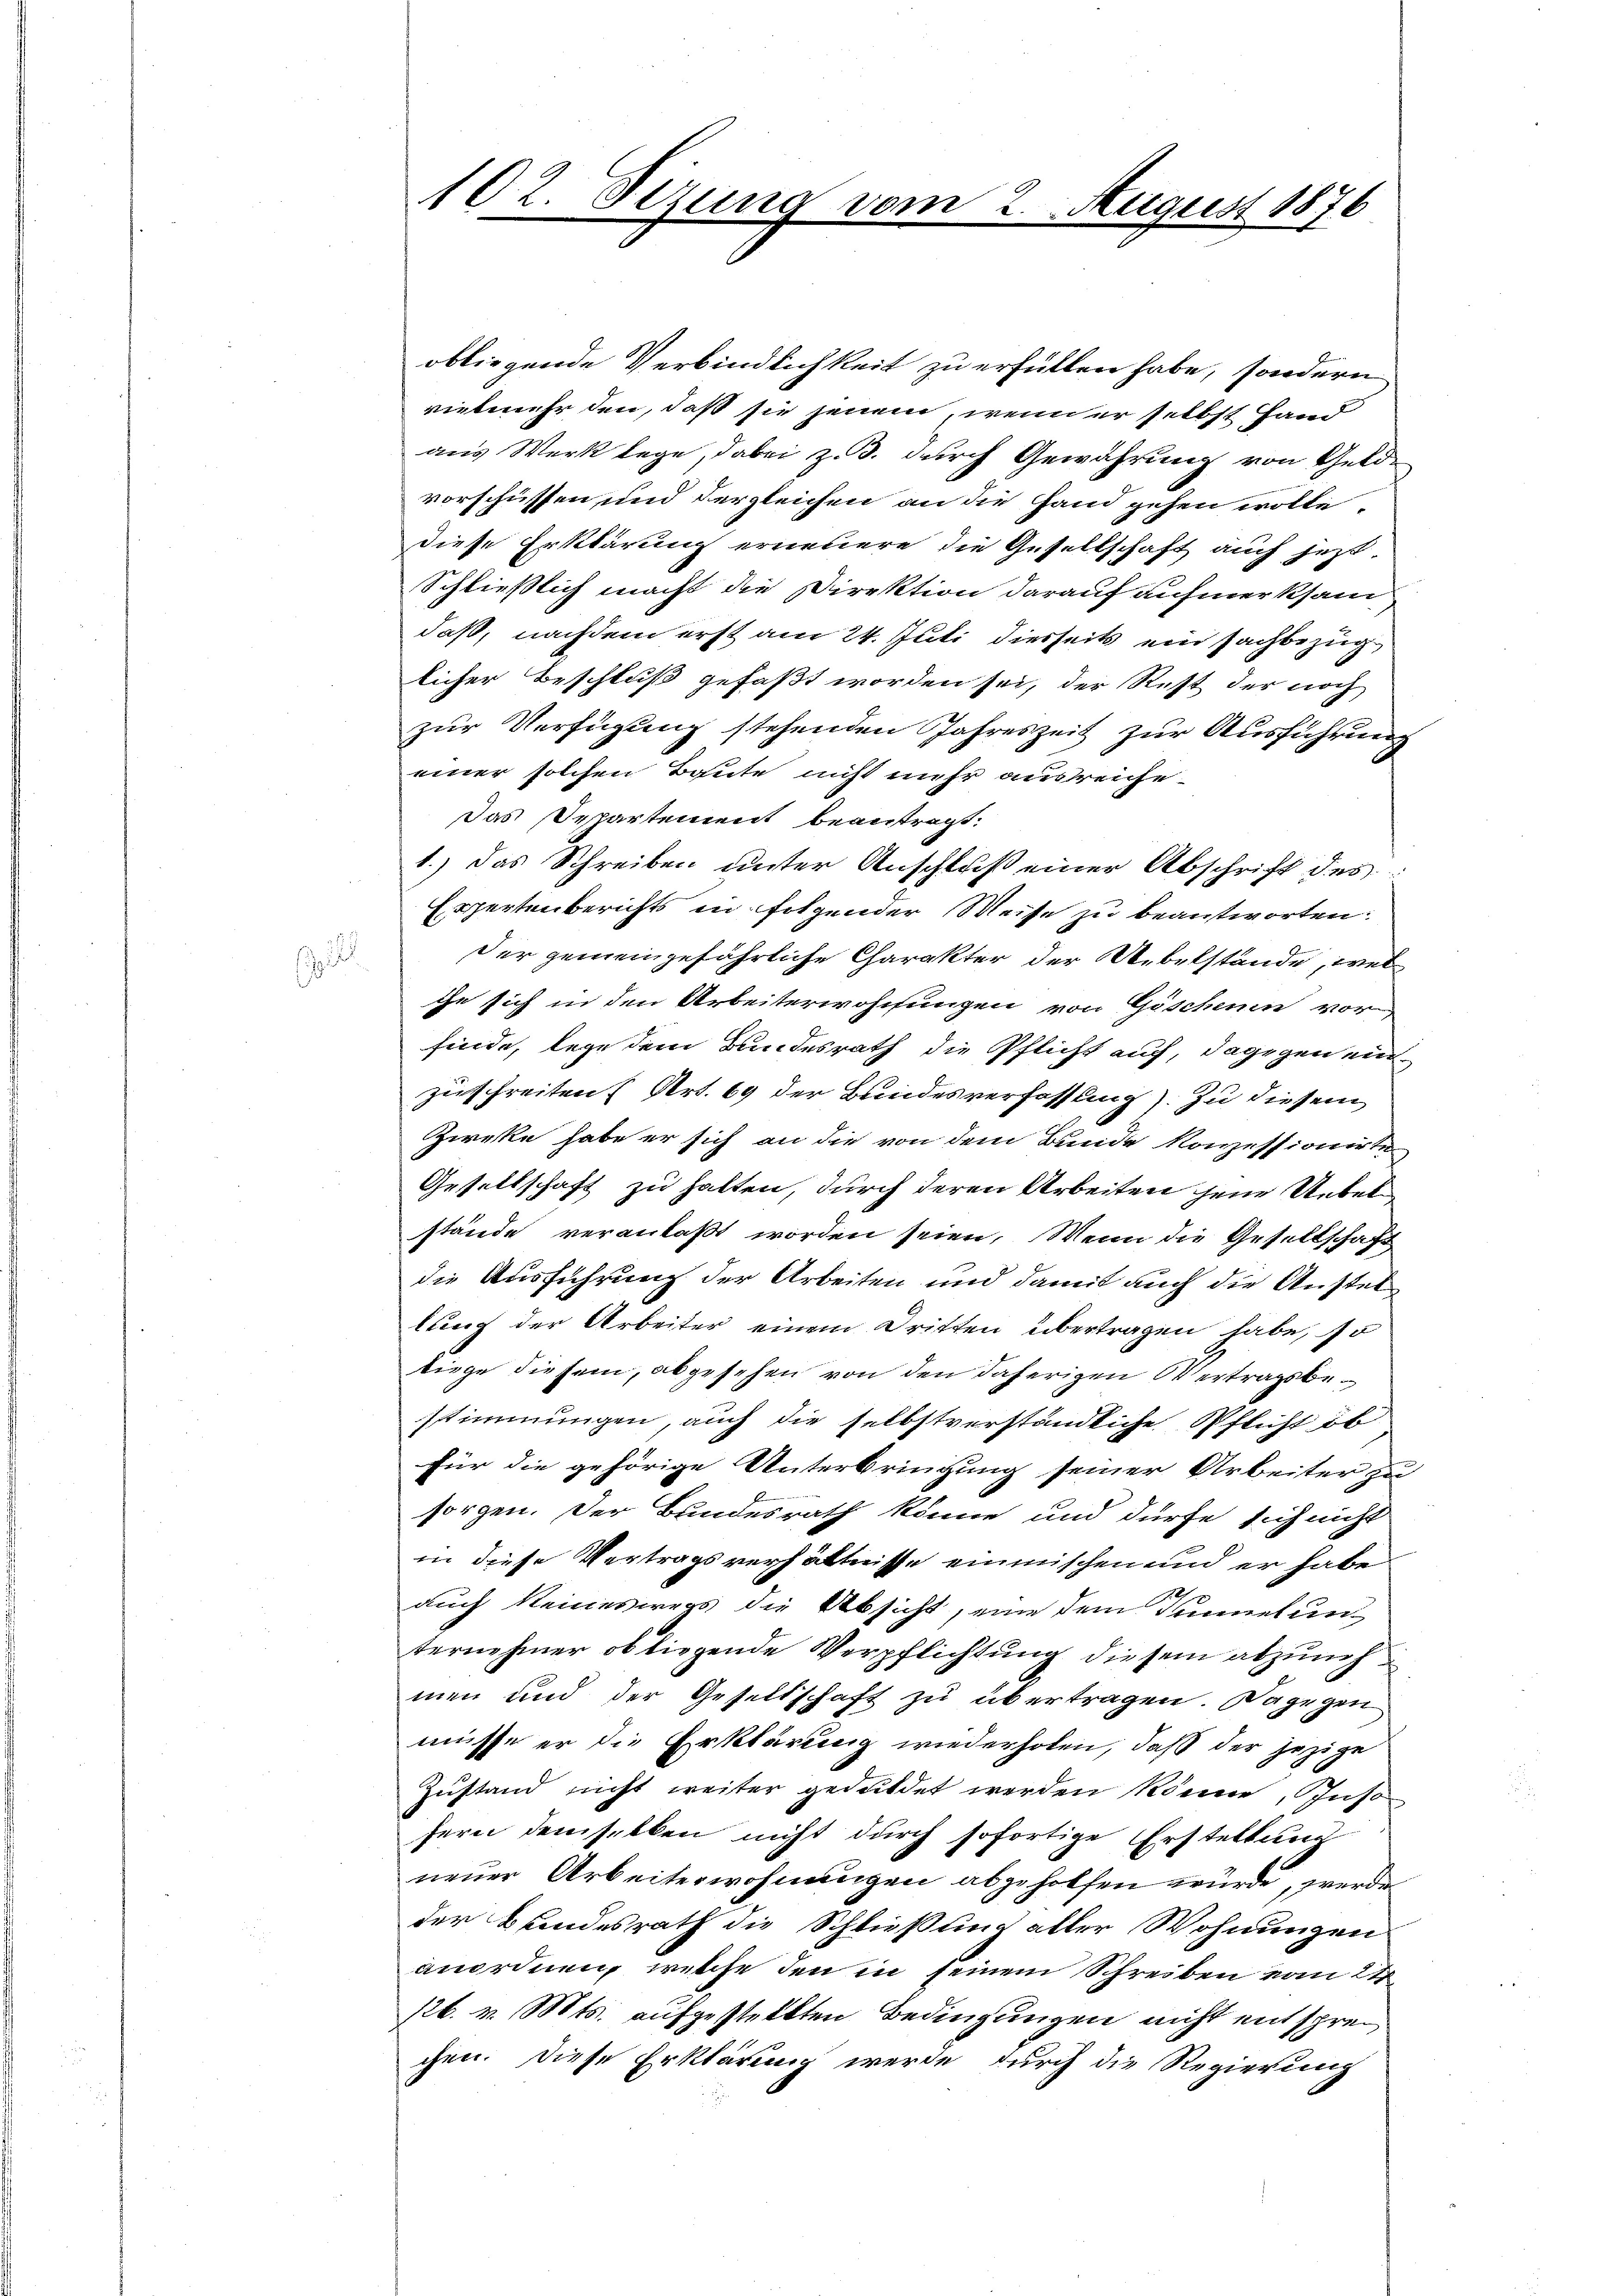
75

102. Sizung vom 2.

August 1876

obliegende Verbindlichkeit zu erfüllen habe, sondern
vielmehr den, daß sie jenem, wenn er selbst Hand
aus Werk lege, dabei z. B. durch Gewährung von Geld-
vorschüssen und dergleichen an die Hand gehen wolle,
diese Erklärung erneuere die Gesellschaft auch jezt
Schließlich macht die Direktion darauf aufmerksam
daß, nachdem erst am 24. Juli diesseits ein Fachbezug
licher Beschluß gefaßt worden sei, der Rest der noch
zur Verfügung stehenden Jahreszeit zur Ausführung
einer solchen Baute nicht mehr ausreiche
Das Departement beantragt.
1.) Das Schreiben unter Anschluß einer Abschrift des
Expertenberichts in folgender Weise zu beantworten:
Der gemeingefährliche Charakter der Uebelstände, wel
che sich in den Arbeiterwohnungen von Göschenen vor
finde, lege dem Bundesrath die Pflicht auf, dagegen einzuschreiten Art. 69 der Bundesverfassung). Zu diesem
Zieke habe er sich an die von dem Bunde konzessionirte
Gesellschaft zu halten, durch deren Arbeiten jene Uebelstände veranlaßt worden seien. Wenn die Gesellschaft
die Ausführung der Arbeiten und damit auch die Anstal
lung der Arbeiter einem Dritten übertragen habe, so
tiege diesem, abgesehen von den daherigen Vertragsbestimmungen, auch die selbstverständliche Pflicht ib
Für die gehörige Unterbringung seiner Arbeiter zu
sorgen. Der Bundesrath könne und dürfe sich nicht
in diese Vertragsverhältnisse einmischen und er habe
auch keineswegs die Absicht, eine dem Tunnelunternehmer obliegende Verpflichtung diesem abzuneh
men und der Gesellschaft zu übertragen. Dagegen
müsse er die Erklärung wiederholen, daß der jezige
Zustand nicht weiter geduldet werden könne, Inso
fern demselben nicht durch sofortige Erstellung
neuer Arbeiterwohnungen abgeholfen würde, werde
der Bundesrath die Schließung aller Wohnungen
anordnen, welche den in seinem Schreiben vom 21
126. v. Mts. aufgestellten Bedingungen nicht entsprec
chen. Diese Erklärung werde durch die Regierung